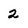
Character: 2